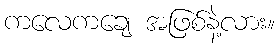
ကလေကချေ အဖြစ်နဲ့လား။